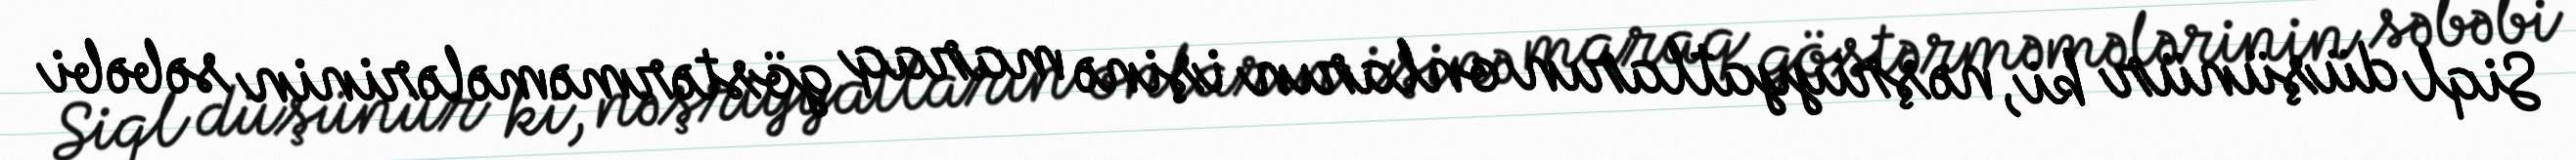
Siql düşünür ki, nəşriyyatların onların işinə maraq göstərməmələrinin səbəbi